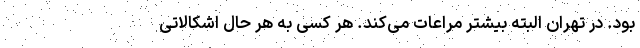
بود. در تهران البته بیشتر مراعات می‌کند. هر کسی به هر حال اشکالاتی